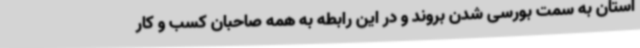
استان به سمت بورسی شدن بروند و در این رابطه به همه صاحبان کسب و کار